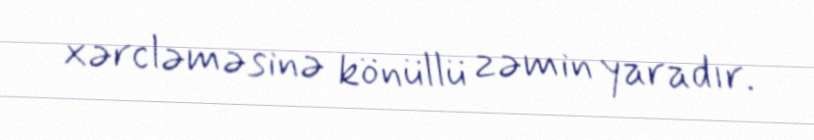
xərcləməsinə könüllü zəmin yaradır.